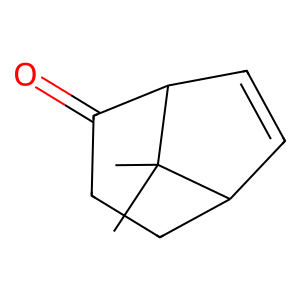
SMILES: CC1(C)C2C=CC1C(=O)CC2
Inhibits HIV replication: No